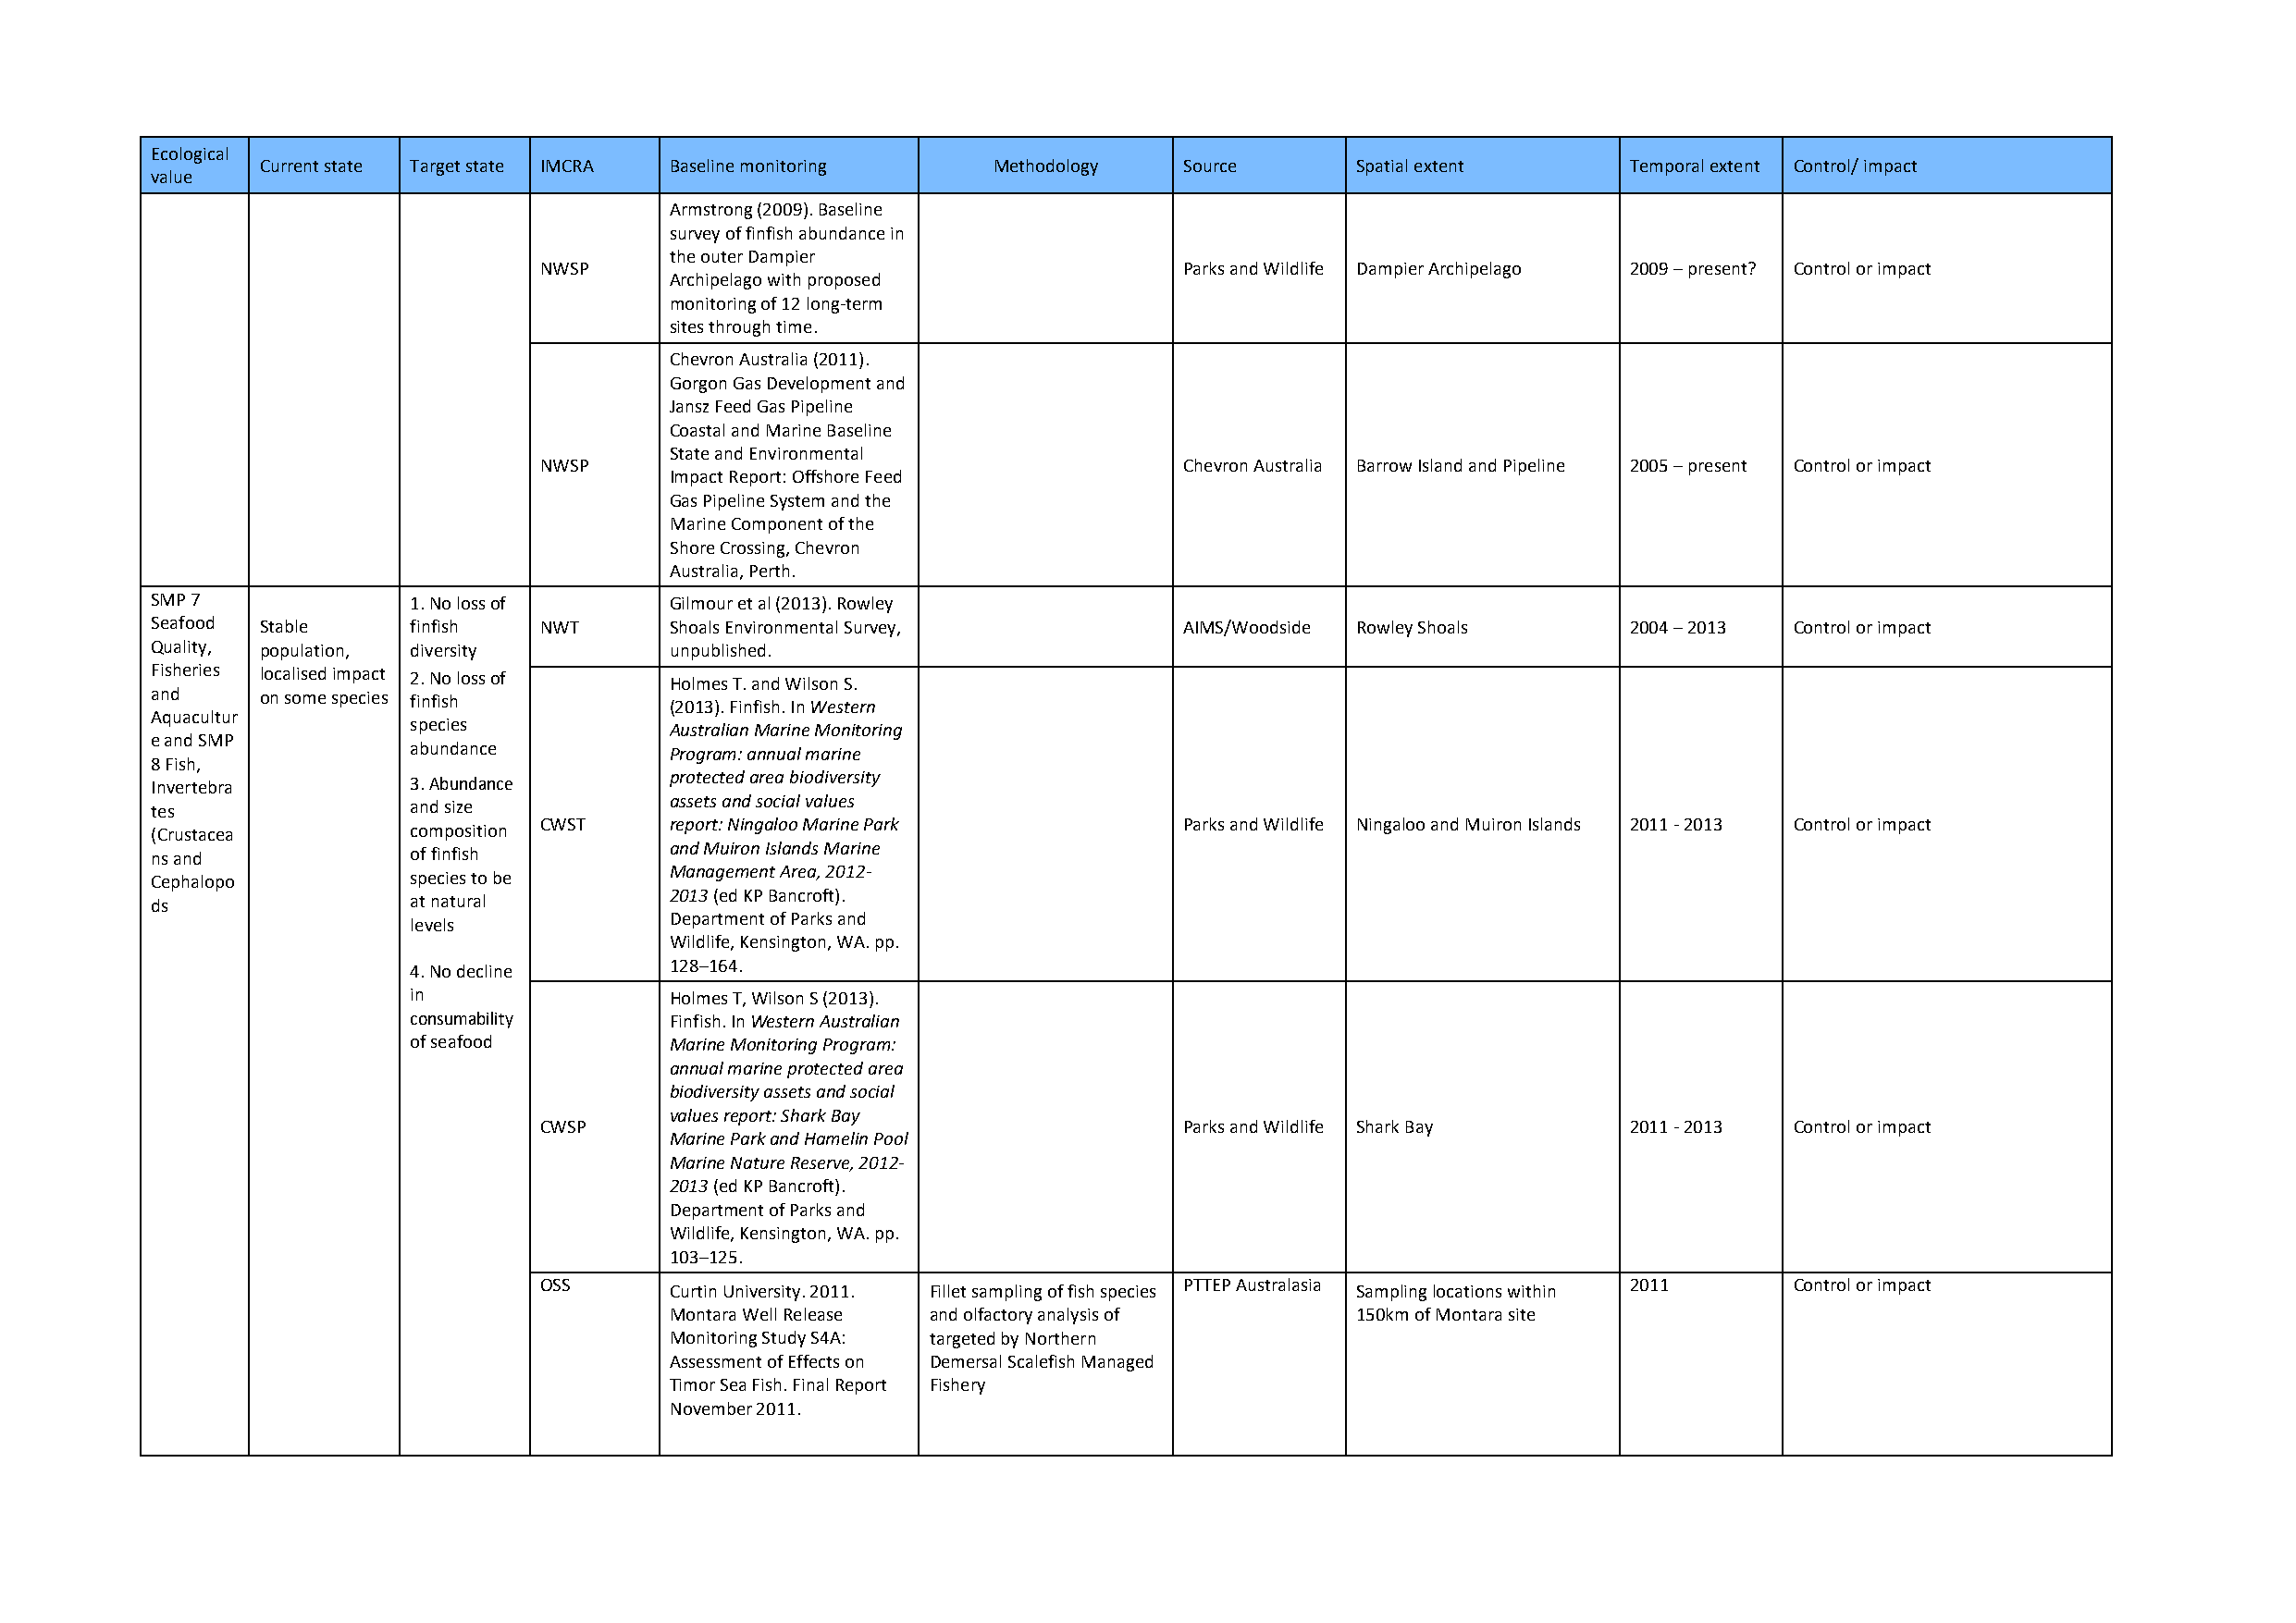
Ecological
 Current state Target state IMCRA Baseline monitoring Methodology  Source      Spatial extent      Temporal extent Control/ impact
 value
 Armstrong (2009). Baseline
 survey of finfish abundance in
 the outer Dampier
 NWSP                                          Parks and Wildlife Dampier Archipelago 2009 – present? Control or impact
 Archipelago with proposed
 monitoring of 12 long-term
 sites through time.
 Chevron Australia (2011).
 Gorgon Gas Development and
 Jansz Feed Gas Pipeline
 Coastal and Marine Baseline
 State and Environmental
 NWSP                                          Chevron Australia Barrow Island and Pipeline 2005 – present Control or impact
 Impact Report: Offshore Feed
 Gas Pipeline System and the
 Marine Component of the
 Shore Crossing, Chevron
 Australia, Perth.
 SMP 7             1. No loss of      Gilmour et al (2013). Rowley
 Seafood Stable    finfish   NWT      Shoals Environmental Survey,         AIMS/Woodside Rowley Shoals     2004 – 2013 Control or impact
 Quality, population, diversity       unpublished.
 Fisheries localised impact 2. No loss of Holmes T. and Wilson S.
 and     on some species finfish      (2013). Finfish. In Western
 Aquacultur
 species            Australian Marine Monitoring
 e and SMP
 abundance          Program: annual marine
 8 Fish,
 protected area biodiversity
 Invertebra        3. Abundance
 assets and social values
 tes               and size
 CWST     report: Ningaloo Marine Park         Parks and Wildlife Ningaloo and Muiron Islands 2011 - 2013 Control or impact
 (Crustacea        composition
 and Muiron Islands Marine
 ns and            of finfish
 Management Area, 2012-
 Cephalopo         species to be
 2013 (ed KP Bancroft).
 ds                at natural
 Department of Parks and
 levels
 Wildlife, Kensington, WA. pp.
 4. No decline      128–164.
 in                 Holmes T, Wilson S (2013).
 consumability      Finfish. In Western Australian
 of seafood         Marine Monitoring Program:
 annual marine protected area
 biodiversity assets and social
 values report: Shark Bay
 CWSP                                          Parks and Wildlife Shark Bay    2011 - 2013 Control or impact
 Marine Park and Hamelin Pool
 Marine Nature Reserve, 2012-
 2013 (ed KP Bancroft).
 Department of Parks and
 Wildlife, Kensington, WA. pp.
 103–125.
 OSS      Curtin University. 2011. Fillet sampling of fish species PTTEP Australasia Sampling locations within 2011 Control or impact
 Montara Well Release and olfactory analysis of   150km of Montara site
 Monitoring Study S4A: targeted by Northern
 Assessment of Effects on Demersal Scalefish Managed
 Timor Sea Fish. Final Report Fishery
 November 2011.